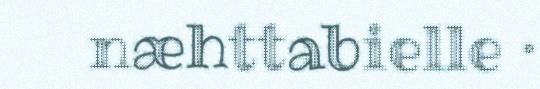
næhttabielle ·